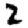
Digit: 2